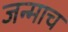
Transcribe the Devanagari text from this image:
जन्माच